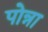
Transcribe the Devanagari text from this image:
पोन्ना